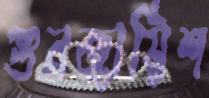
গুনজায়িশ